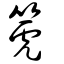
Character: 箎